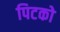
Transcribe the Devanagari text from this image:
पिटको